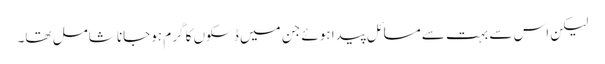
لیکن اس سے بہت سے مسائل پیدا ہوئے جن میں ڈسکوں کا گرم ہوجانا شامل تھا۔